255_413270_UFO's_and_Defense_What_Should_we_Prepare_For
Agency: NASA
Page 68
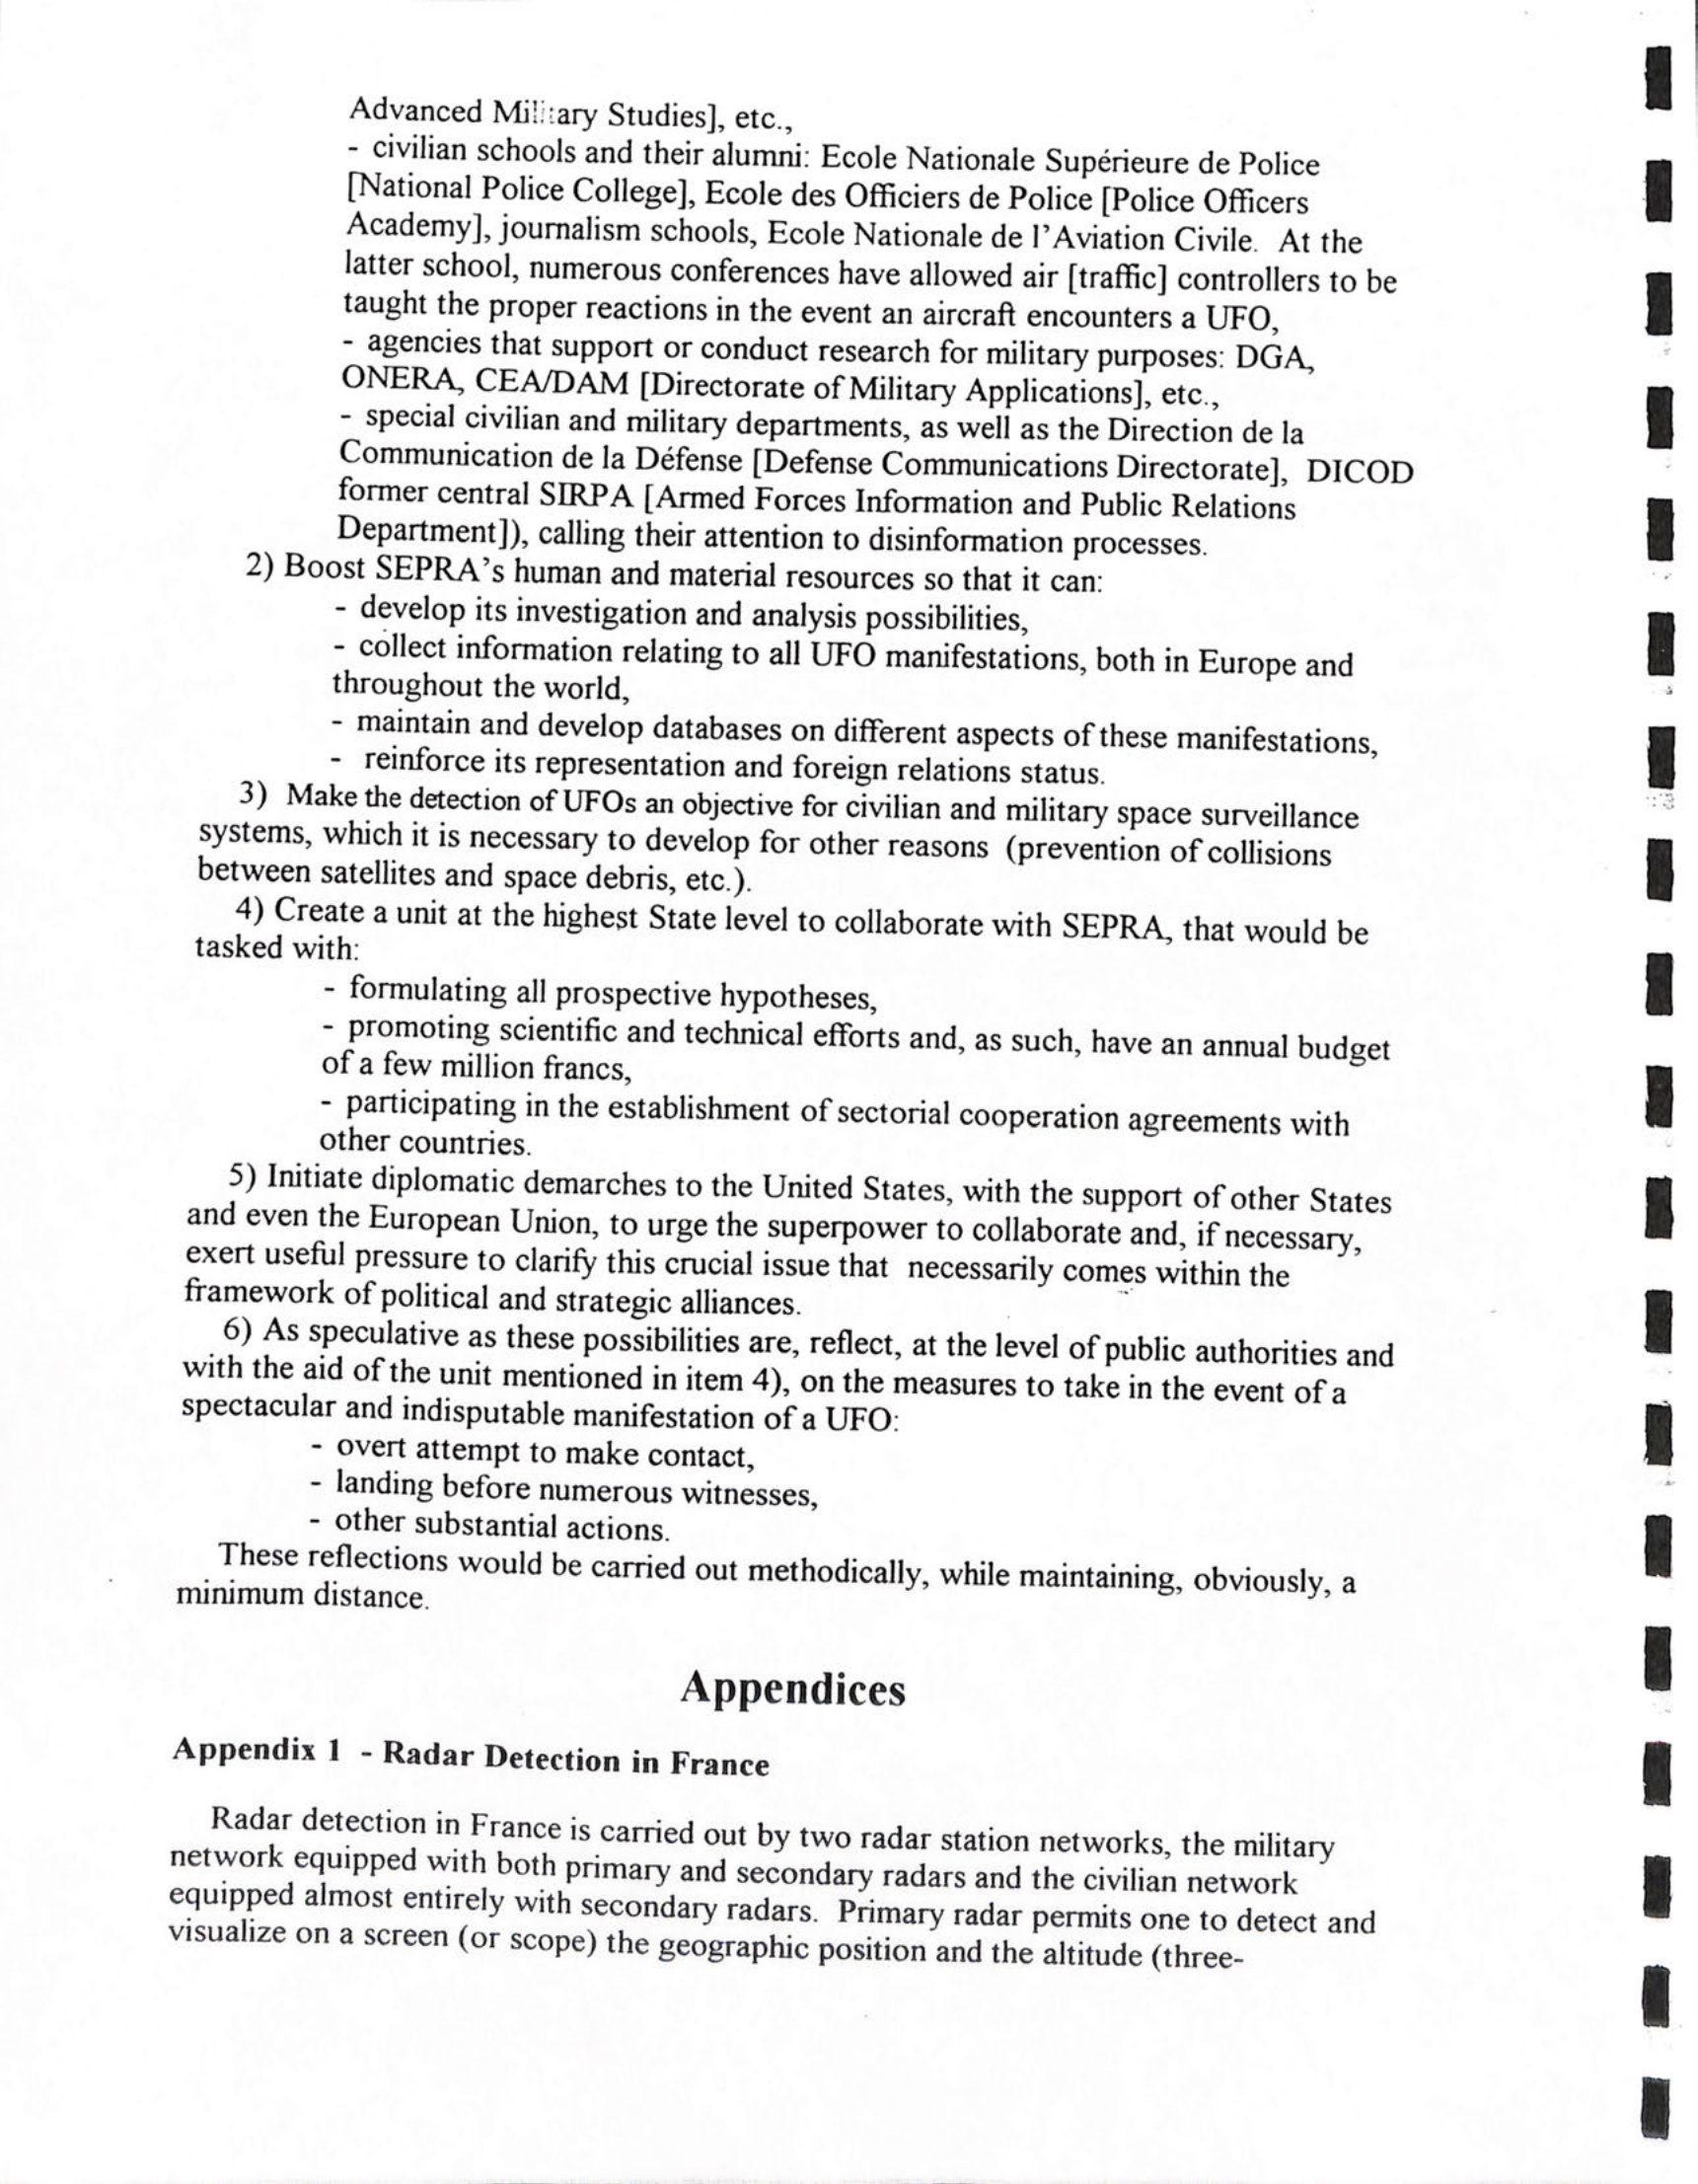